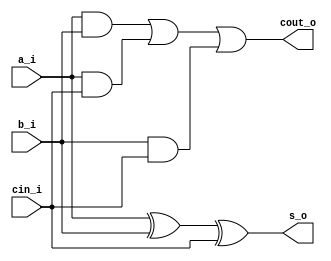
// This program was cloned from: https://github.com/mbaykenar/digital-logic-design
// License: Apache License 2.0

`timescale 1ns / 1ps
//////////////////////////////////////////////////////////////////////////////////
// Company: 
// Engineer: 
// 
// Design Name: 
// Module Name: full_adder
// Project Name: 
// Target Devices: 
// Tool Versions: 
// Description: 
// 
// Dependencies: 
// 
// Revision:
// Revision 0.01 - File Created
// Additional Comments:
// 
//////////////////////////////////////////////////////////////////////////////////


module full_adder
(
input a_i,
input b_i,
input cin_i,
output s_o,
output cout_o
);

wire and1, and2, and3;

xor G1 (s_o,a_i,b_i,cin_i);
and G2 (and1,a_i,b_i);
and G3 (and2,a_i,cin_i);
and G4 (and3,b_i,cin_i);
or G5 (cout_o,and1,and2,and3);

endmodule